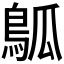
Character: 𬷊